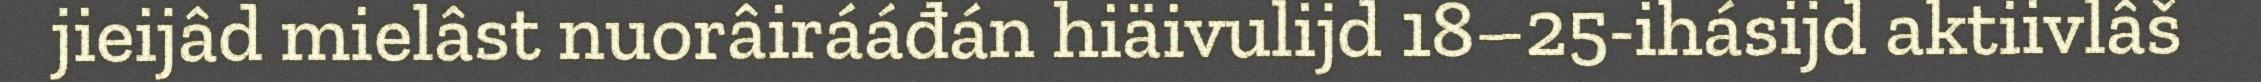
jieijâd mielâst nuorâirááđán hiäivulijd 18–25-ihásijd aktiivlâš